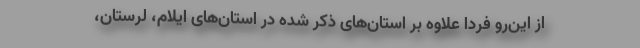
از این‌رو فردا علاوه بر استان‌های ذکر شده در استان‌های ایلام، لرستان،